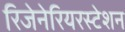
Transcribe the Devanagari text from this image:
रिजेनेरियरस्टेशन